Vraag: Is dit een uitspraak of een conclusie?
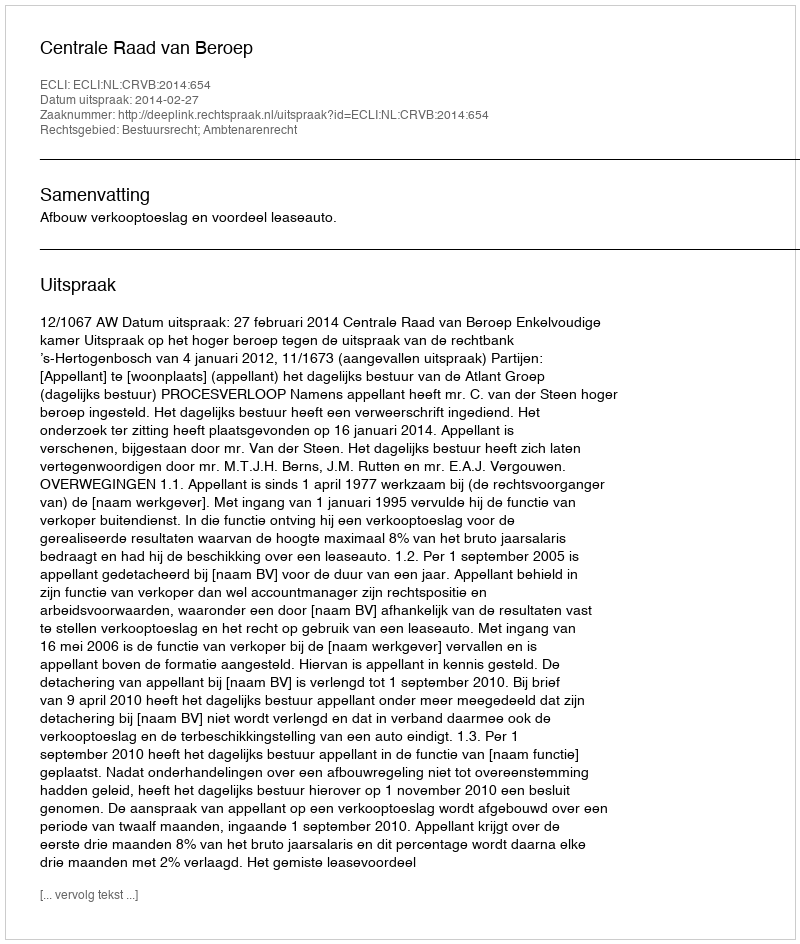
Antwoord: Uitspraak